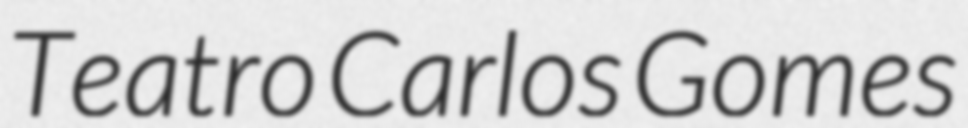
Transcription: Teatro Carlos Gomes